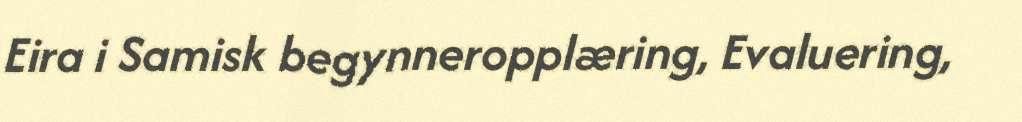
Eira i Samisk begynneropplæring, Evaluering,